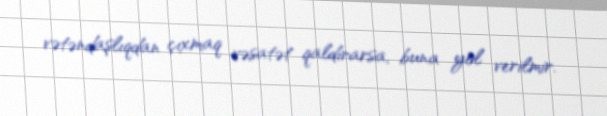
vətəndaşlıqdan çıxmaq vəsatət qaldırarsa, buna yol verilmir.